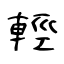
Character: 輕